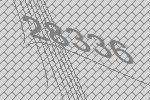
28336